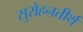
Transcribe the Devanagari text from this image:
सुरोहनतीर्थ